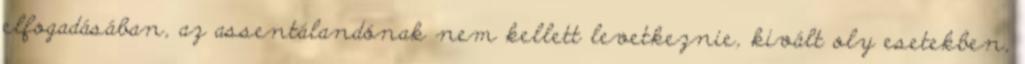
elfogadásában, az assentálandónak nem kellett levetkeznie, kivált oly esetekben,